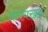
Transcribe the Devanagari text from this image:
वलयखंड